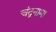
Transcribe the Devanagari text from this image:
चंद्रनामा